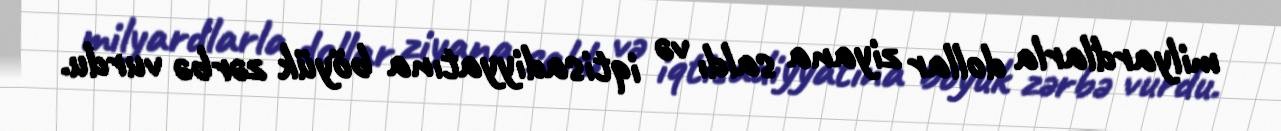
milyardlarla dollar ziyana saldı və iqtisadiyyatına böyük zərbə vurdu.